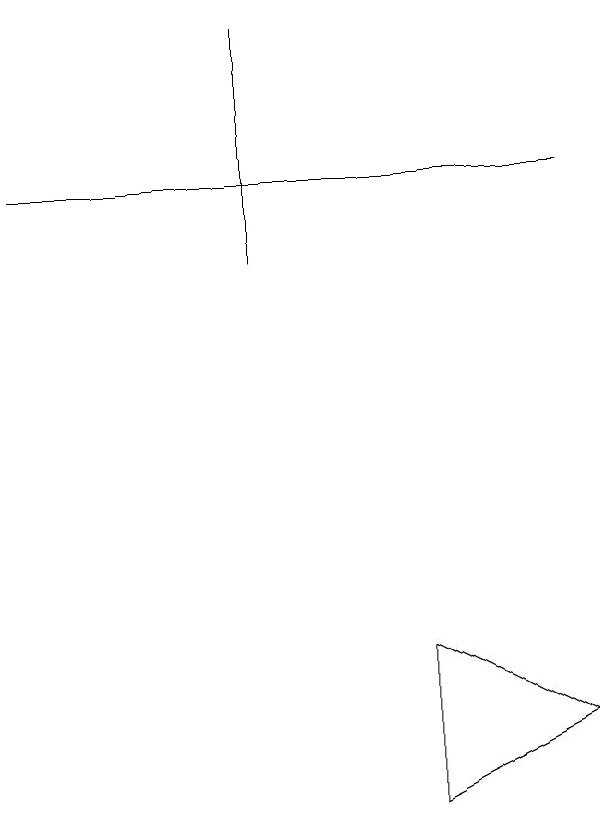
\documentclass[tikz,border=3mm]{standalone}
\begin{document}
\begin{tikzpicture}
\draw (9,7) -- (7,6) -- (7,8) -- cycle;
\draw (5,16) rectangle (5,13);
\draw (2,14) rectangle (9,14);
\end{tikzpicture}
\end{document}